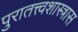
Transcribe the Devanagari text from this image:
पुरातत्त्वशास्त्रास